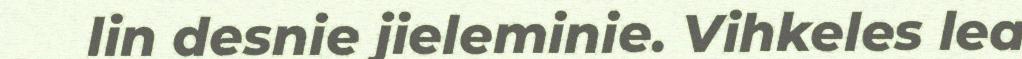
lin desnie jieleminie. Vihkeles lea